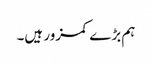
ہم بڑے کمزور ہیں۔